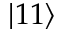
| 1 1 \rangle